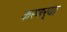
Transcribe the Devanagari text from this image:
करणर्‍या